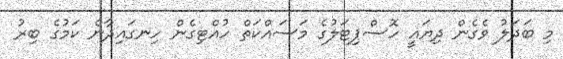
މި ބަދަލު ވެގެން ދިޔައީ ހޮސްޕިޓަލުގެ މަސައްކަތް ހުއްޓިގެން ހިނގައިދާނެ ކަމުގެ ބިރު